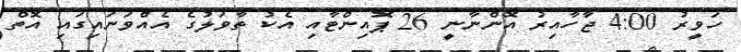
ހަވީރު 4:00 ޖާހާއިރު އޮންނާނީ 26 ޕޮއިންޓާއި އެކު ތާވަލުގެ އެއްވަނައިގައި އޮތް